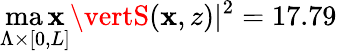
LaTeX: \operatorname*{ma\mathbf{x}}_{\Lambda\times\lbrack0,L\rbrack}\vertS(\mathbf{x},z)\vert^{2}=17.79